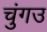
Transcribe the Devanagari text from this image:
चुंगउ